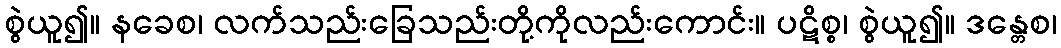
စွဲယူ၍။ နခေစ၊ လက်သည်းခြေသည်းတို့ကိုလည်းကောင်း။ ပဋိစ္စ၊ စွဲယူ၍။ ဒန္တေစ၊